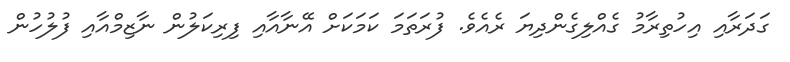
ގަދަރާއި އިހުތިރާމު ގެއްލިގެންދިޔަ ރެއެވެ. ފުރަތަމަ ކަމަކަށް އޭނާއާއި ފިރިކަލުން ނާޒިމްއާއި ފުލުހުން